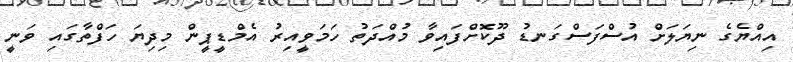
އިއްޔެގެ ނިޔަލަށް އުސްފަސްގަނޑު ދޫކޮށްފައިވާ މުއްދަތު ހަމަވީއިރު އެމްޑީޕީން މިދިޔަ ހަފްތާގައި ވަނީ